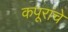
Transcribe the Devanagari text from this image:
कपूरांचे